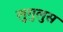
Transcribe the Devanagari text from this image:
लुगुलुस